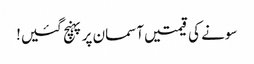
سونے کی قیمتیں آسمان پر پہنچ گئیں!